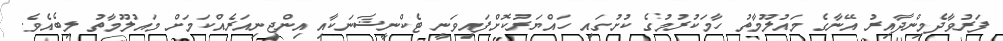
ފަރުވާދެމިންދާއިރު އޭނާގެ މައުލޫމާތު ހާމަކުރުމުގެ ކުށުގައި ހައްޔަރުކޮށްފައިވަނީ ޓެކްނީޝަނަކާއި އިންޖިނިއަރެއްކަމަށް މައުލޫމާތު ލިބެއެވެ.